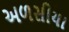
અળસીયા